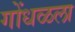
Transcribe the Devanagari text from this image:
गोंधळला